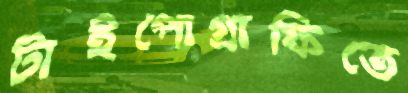
টাইপোগ্রাফিতে